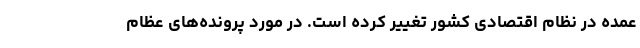
عمده در نظام اقتصادی کشور تغییر کرده است. در مورد پرونده‌های عظام